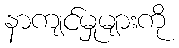
နာကျင်မှုများကို